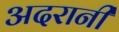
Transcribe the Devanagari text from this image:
अदरानी